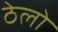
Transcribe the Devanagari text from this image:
ठेलो